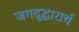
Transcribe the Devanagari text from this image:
जगदुद्धारार्थ